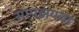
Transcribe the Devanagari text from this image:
सापडायचा